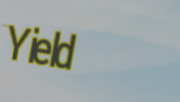
Yield